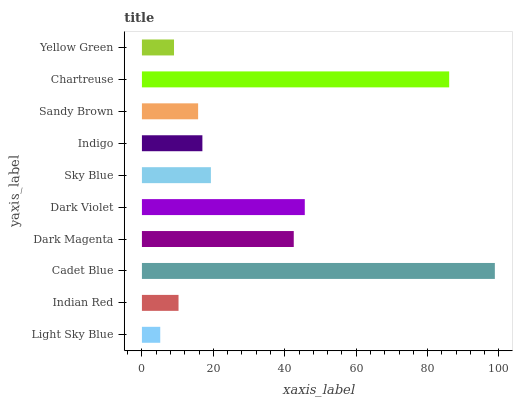
| yaxis_label | bars |
 | --- | --- |
 | Light Sky Blue | 5.13 |
 | Indian Red | 10.3 |
 | Cadet Blue | 98.8 |
 | Dark Magenta | 42.5 |
 | Dark Violet | 45.6 |
 | Sky Blue | 19.3 |
 | Indigo | 16.9 |
 | Sandy Brown | 15.7 |
 | Chartreuse | 86.1 |
 | Yellow Green | 8.99 |